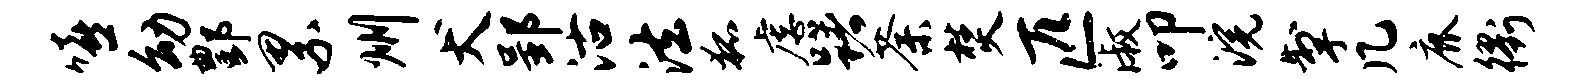
嘻幼酆累州犬郢沽法狐虐躇荼焚匹淑叩浣掣几鹿衢